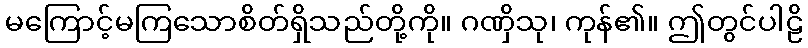
မကြောင့်မကြသောစိတ်ရှိသည်တို့ကို။ ဂဏှိသု၊ ကုန်၏။ ဤတွင်ပါဠိ